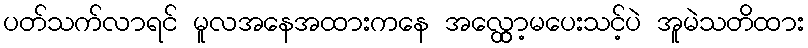
ပတ်သက်လာရင် မူလအနေအထားကနေ အလ္တွော့မပေးသင့်ပဲ အူမဲသတိထား